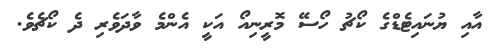
އާއި ޔުނައިޓެޑްގެ ކޯޗު ހޯސޭ މޮރީނިއޯ އަކީ އެންމެ ވާދަވެރި ދެ ކޯޗެވެ.